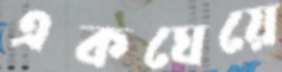
একঘেয়ে